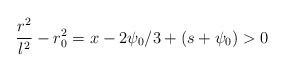
\begin{align*}\frac{r^2}{l^2} - r_0^2 =x-2\psi_0 /3+(s+\psi_0) >0\end{align*}